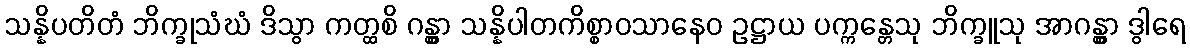
သန္နိပတိတံ ဘိက္ခုသံဃံ ဒိသွာ ကတ္ထစိ ဂန္တွာ သန္နိပါတကိစ္စာဝသာနေဝ ဥဋ္ဌာယ ပက္ကန္တေသု ဘိက္ခူသု အာဂန္တွာ ဒွါရေ